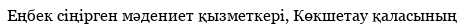
Еңбек сіңірген мәдениет қызметкері, Көкшетау қаласының